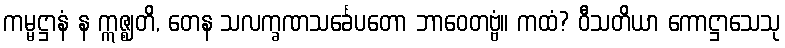
ကမ္မဋ္ဌာနံ န ဣဇ္ဈတိ, တေန သလက္ခဏသင်္ခေပတော ဘာဝေတဗ္ဗံ။ ကထံ? ဝီသတိယာ ကောဋ္ဌာသေသု